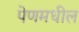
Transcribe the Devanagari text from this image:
पेणमधील